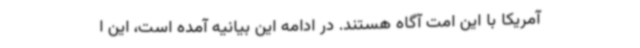
آمریکا با این امت آگاه هستند. در ادامه این بیانیه آمده است، این ا